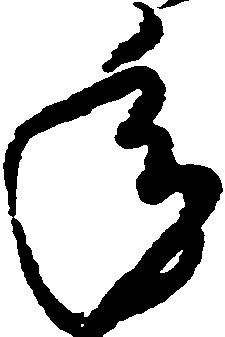
年